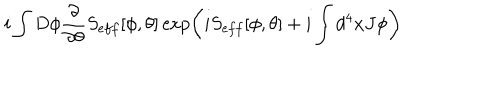
i \int D \phi \frac { \partial } { \partial \theta } S _ { e f f } [ \phi , \theta ] \exp \left( i S _ { e f f } [ \phi , \theta ] + i \int d ^ { 4 } x J \phi \right)